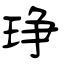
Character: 琤